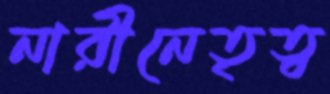
নারীনেতৃত্ব